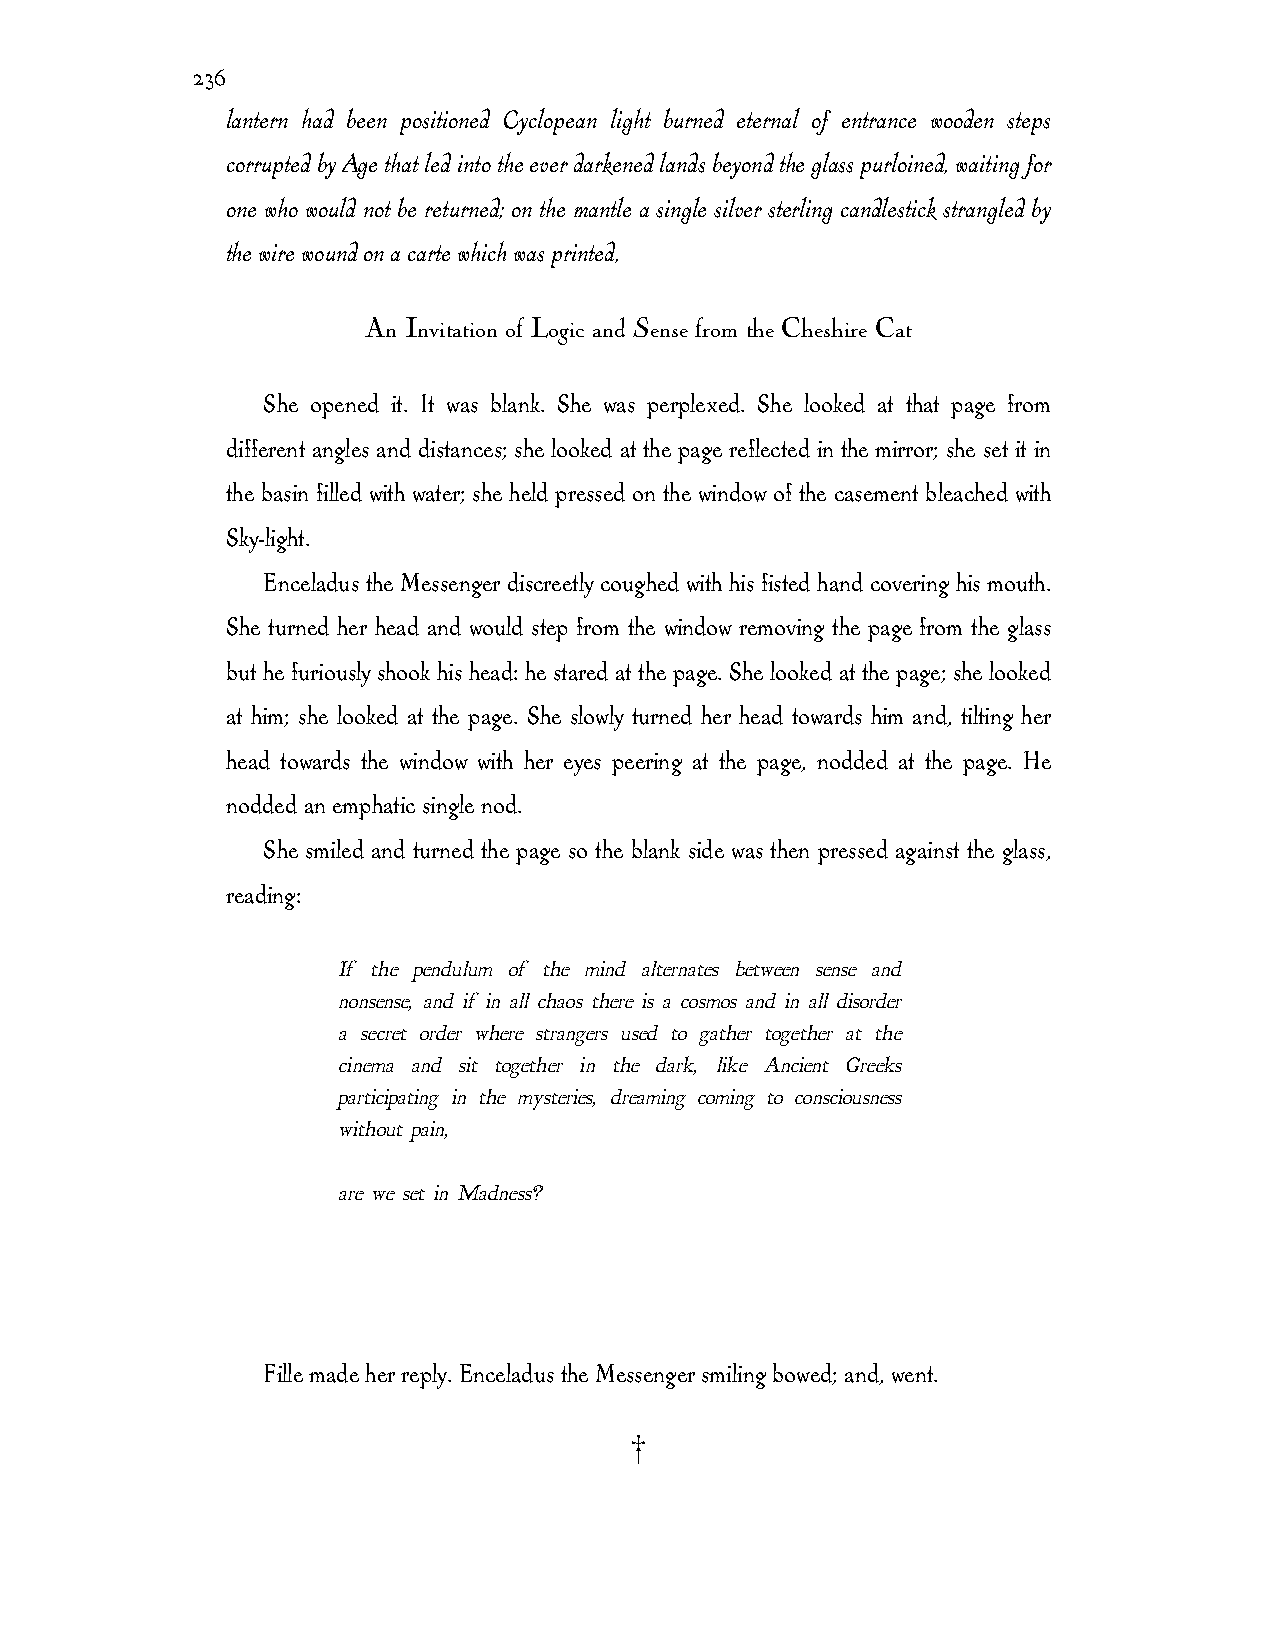
236
 lantern had been positioned Cyclopean light burned eternal of entrance wooden steps
 corrupted by Age that led into the ever darkened lands beyond the glass purloined, waiting for
 one who would not be returned; on the mantle a single silver sterling candlestick strangled by
 the wire wound on a carte which was printed,
 An Invitation of Logic and Sense from the Cheshire Cat
 She opened it. It was blank. She was perplexed. She looked at that page from
 different angles and distances; she looked at the page reflected in the mirror; she set it in
 the basin filled with water; she held pressed on the window of the casement bleached with
 Sky-light.
 Enceladus the Messenger discreetly coughed with his fisted hand covering his mouth.
 She turned her head and would step from the window removing the page from the glass
 but he furiously shook his head: he stared at the page. She looked at the page; she looked
 at him; she looked at the page. She slowly turned her head towards him and, tilting her
 head towards the window with her eyes peering at the page, nodded at the page. He
 nodded an emphatic single nod.
 She smiled and turned the page so the blank side was then pressed against the glass,
 reading:
 If the pendulum of the mind alternates between sense and
 nonsense, and if in all chaos there is a cosmos and in all disorder
 a secret order where strangers used to gather together at the
 cinema and sit together in the dark, like Ancient Greeks
 participating in the mysteries, dreaming coming to consciousness
 without pain,
 are we set in Madness?
 Fille made her reply. Enceladus the Messenger smiling bowed; and, went.
 †